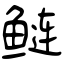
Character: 鲢